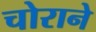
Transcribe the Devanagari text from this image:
चोराने